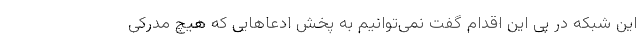
این شبکه در پی این اقدام گفت نمی‌توانیم به پخش ادعا‌هایی که هیچ مدرکی